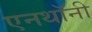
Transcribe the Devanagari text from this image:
एनथॉनी